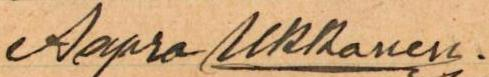
Aapro Ukkonen.